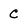
Character: C